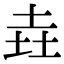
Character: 垚